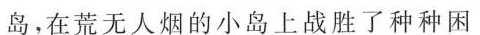
岛，在荒无人烟的小岛上战胜了种种困